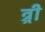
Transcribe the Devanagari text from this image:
त्र्री